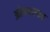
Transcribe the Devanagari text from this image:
ओवचरका